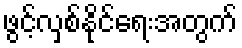
ဖွင့်လှစ်နိုင်ရေးအတွက်